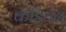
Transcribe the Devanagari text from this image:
कंडियन